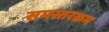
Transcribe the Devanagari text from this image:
समस्तरक्रम